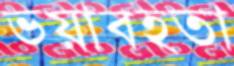
ভয়াবহতা